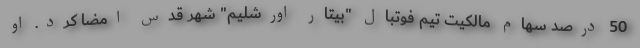
50 درصد سهام مالکیت تیم فوتبال "بیتار اورشلیم" شهر قدس امضا کرد. او